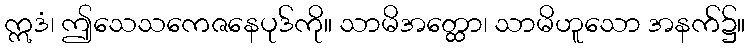
ဣဒံ၊ ဤသေသကေဇနေပုဒ်ကို။ သာမိအတ္ထော၊ သာမိဟူသော အနက်၌။